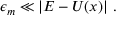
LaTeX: \epsilon _ { m } \ll \vert E - U ( x ) \vert \ .